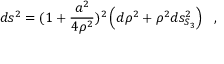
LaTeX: d s ^ { 2 } = ( 1 + { \frac { a ^ { 2 } } { 4 \rho ^ { 2 } } } ) ^ { 2 } \left( d \rho ^ { 2 } + \rho ^ { 2 } d s _ { S _ { 3 } } ^ { 2 } \right) ~ ~ ,